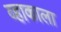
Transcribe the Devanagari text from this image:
व्हाकाला